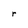
Character: r